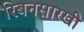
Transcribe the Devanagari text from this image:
रिबनसारखी